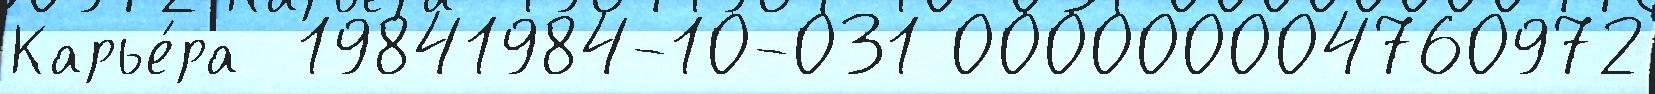
Карье́ра  19841984-10-031 000000004760972